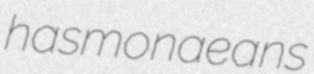
hasmonaeans